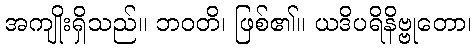
အကျိုးရှိသည်။ ဘဝတိ၊ ဖြစ်၏။ ယဒိပရိနိဗ္ဗုတော၊